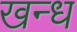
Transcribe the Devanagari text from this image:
खन्ध